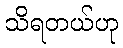
သိရတယ်ဟု